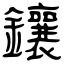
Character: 鑲